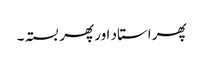
پھر استاد اور پھر بستہ ۔